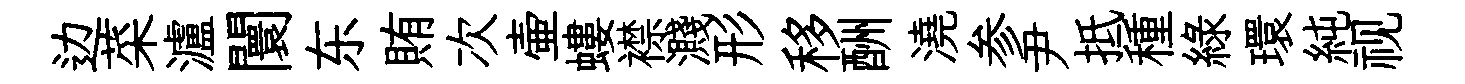
边菜瀘闤东賄次壷螻襟濺形移酬澆参尹抵種綠環純视